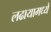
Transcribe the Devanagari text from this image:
लढायामध्ये